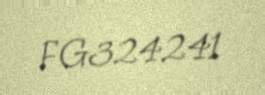
FG324241